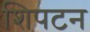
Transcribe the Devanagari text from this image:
शिपटन